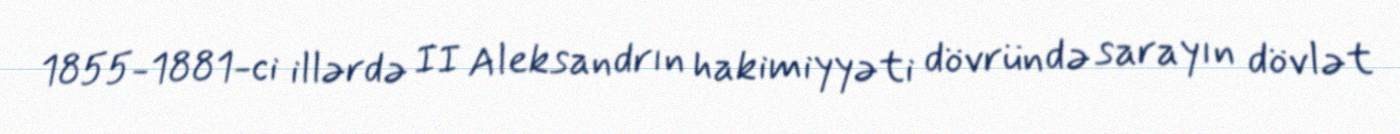
1855-1881-ci illərdə II Aleksandrın hakimiyyəti dövründə sarayın dövlət